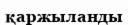
қаржыланды